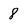
Character: 8